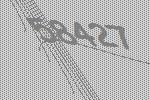
58427